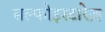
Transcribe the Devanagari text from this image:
सल्फोइस्टारेज़